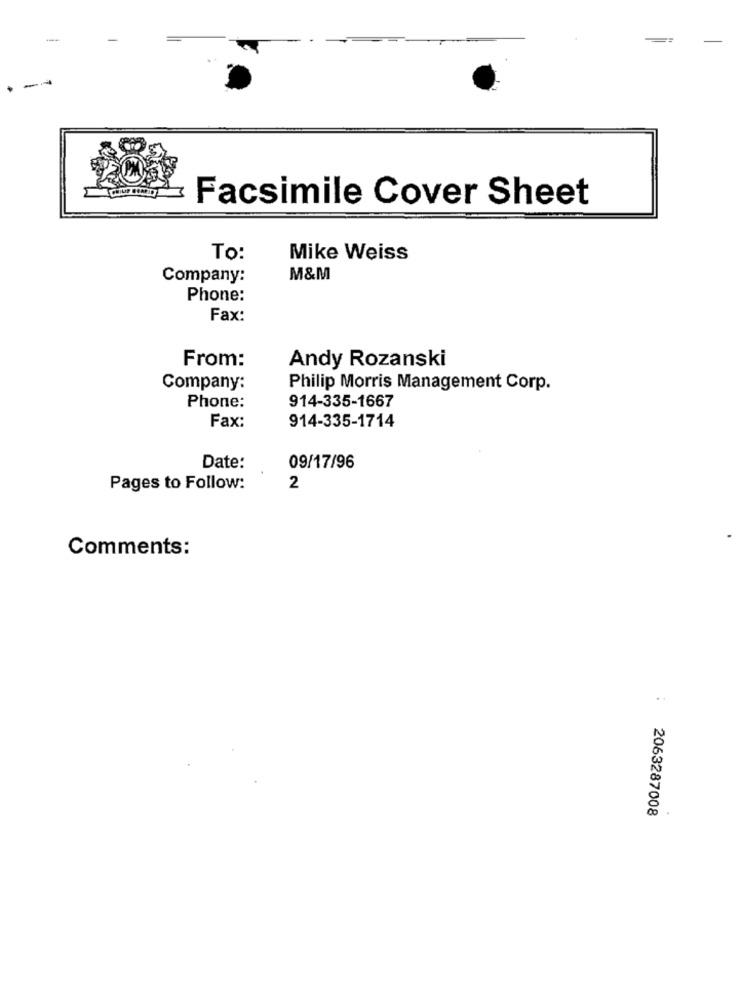
-
Facsimile Cover Sheet
To:
Mike Weiss
Company:
M&M
Phone:
Fax:
From:
Andy Rozanski
Company:
Philip Morris Management Corp.
Phone:
914-335-1667
Fax:
914-335-1714
Date:
09/17/96
Pages to Follow:
2
Comments:
:
2063287008